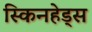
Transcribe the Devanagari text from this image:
स्किनहेड्स